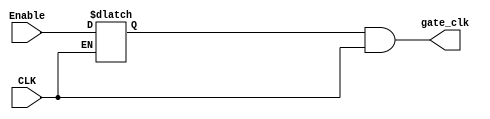
module CLKGate (
	input wire CLK,
	input wire Enable,
	output wire gate_clk
);

reg latch_en;

always @(CLK,Enable) begin
	
	if (!CLK) begin
		latch_en <= Enable;
	end

end

assign gate_clk = latch_en && CLK;

// For Physical Design purpose ( From Standard Cell Library)
/*
TLATNCAX12M U0_TLATNCAX12M (
	.E(Enable),
	.CK(CLK),
	.ECK(gate_clk)
);
*/

endmodule